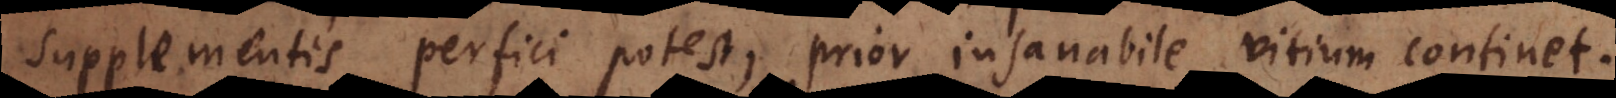
supplementis perfici potest, prior insanabile vitium continet.